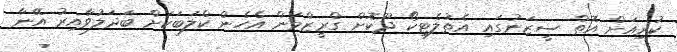
ކުރިއަށް އޮތް ސީޒަނުގައި އެތުލެޓިކޯ ދޫކޮށް ގްރީޒްމަން އެހެން ކްލަބަކަށް ބަދަލުވާއިރު އޭނާ